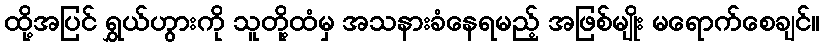
ထို့အပြင် ရွှယ်ဟွားကို သူတို့ထံမှ အသနားခံနေရမည့် အဖြစ်မျိုး မရောက်စေချင်။